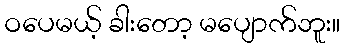
ဝပေမယ့် ခါးတော့ မပျောက်ဘူး။